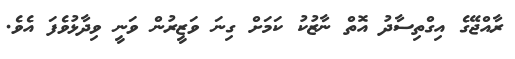
ރާއްޖޭގެ އިގްތިސާދު އޮތް ނާޒުކު ކަމަށް ގިނަ ވަޒީރުން ވަނީ ވިދާޅުވެފަ އެވެ.